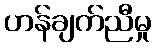
ဟန်ချက်ညီမှု